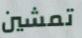
تمشين